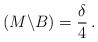
LaTeX: \begin{align*}\,(M\backslash B)= \frac{\delta}{4}\,.\end{align*}